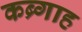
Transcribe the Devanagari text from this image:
कब्र्गाह